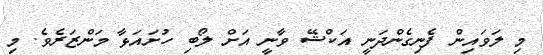
މި ލަވައިން ފެނިގެންދަނީ އަކްޝޭ ވާނީ އަށް ލޯބި ހުށައަޅާ މަންޒަރެވެ. މި